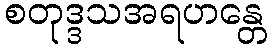
စတုဒ္ဒသအရဟန္တေ